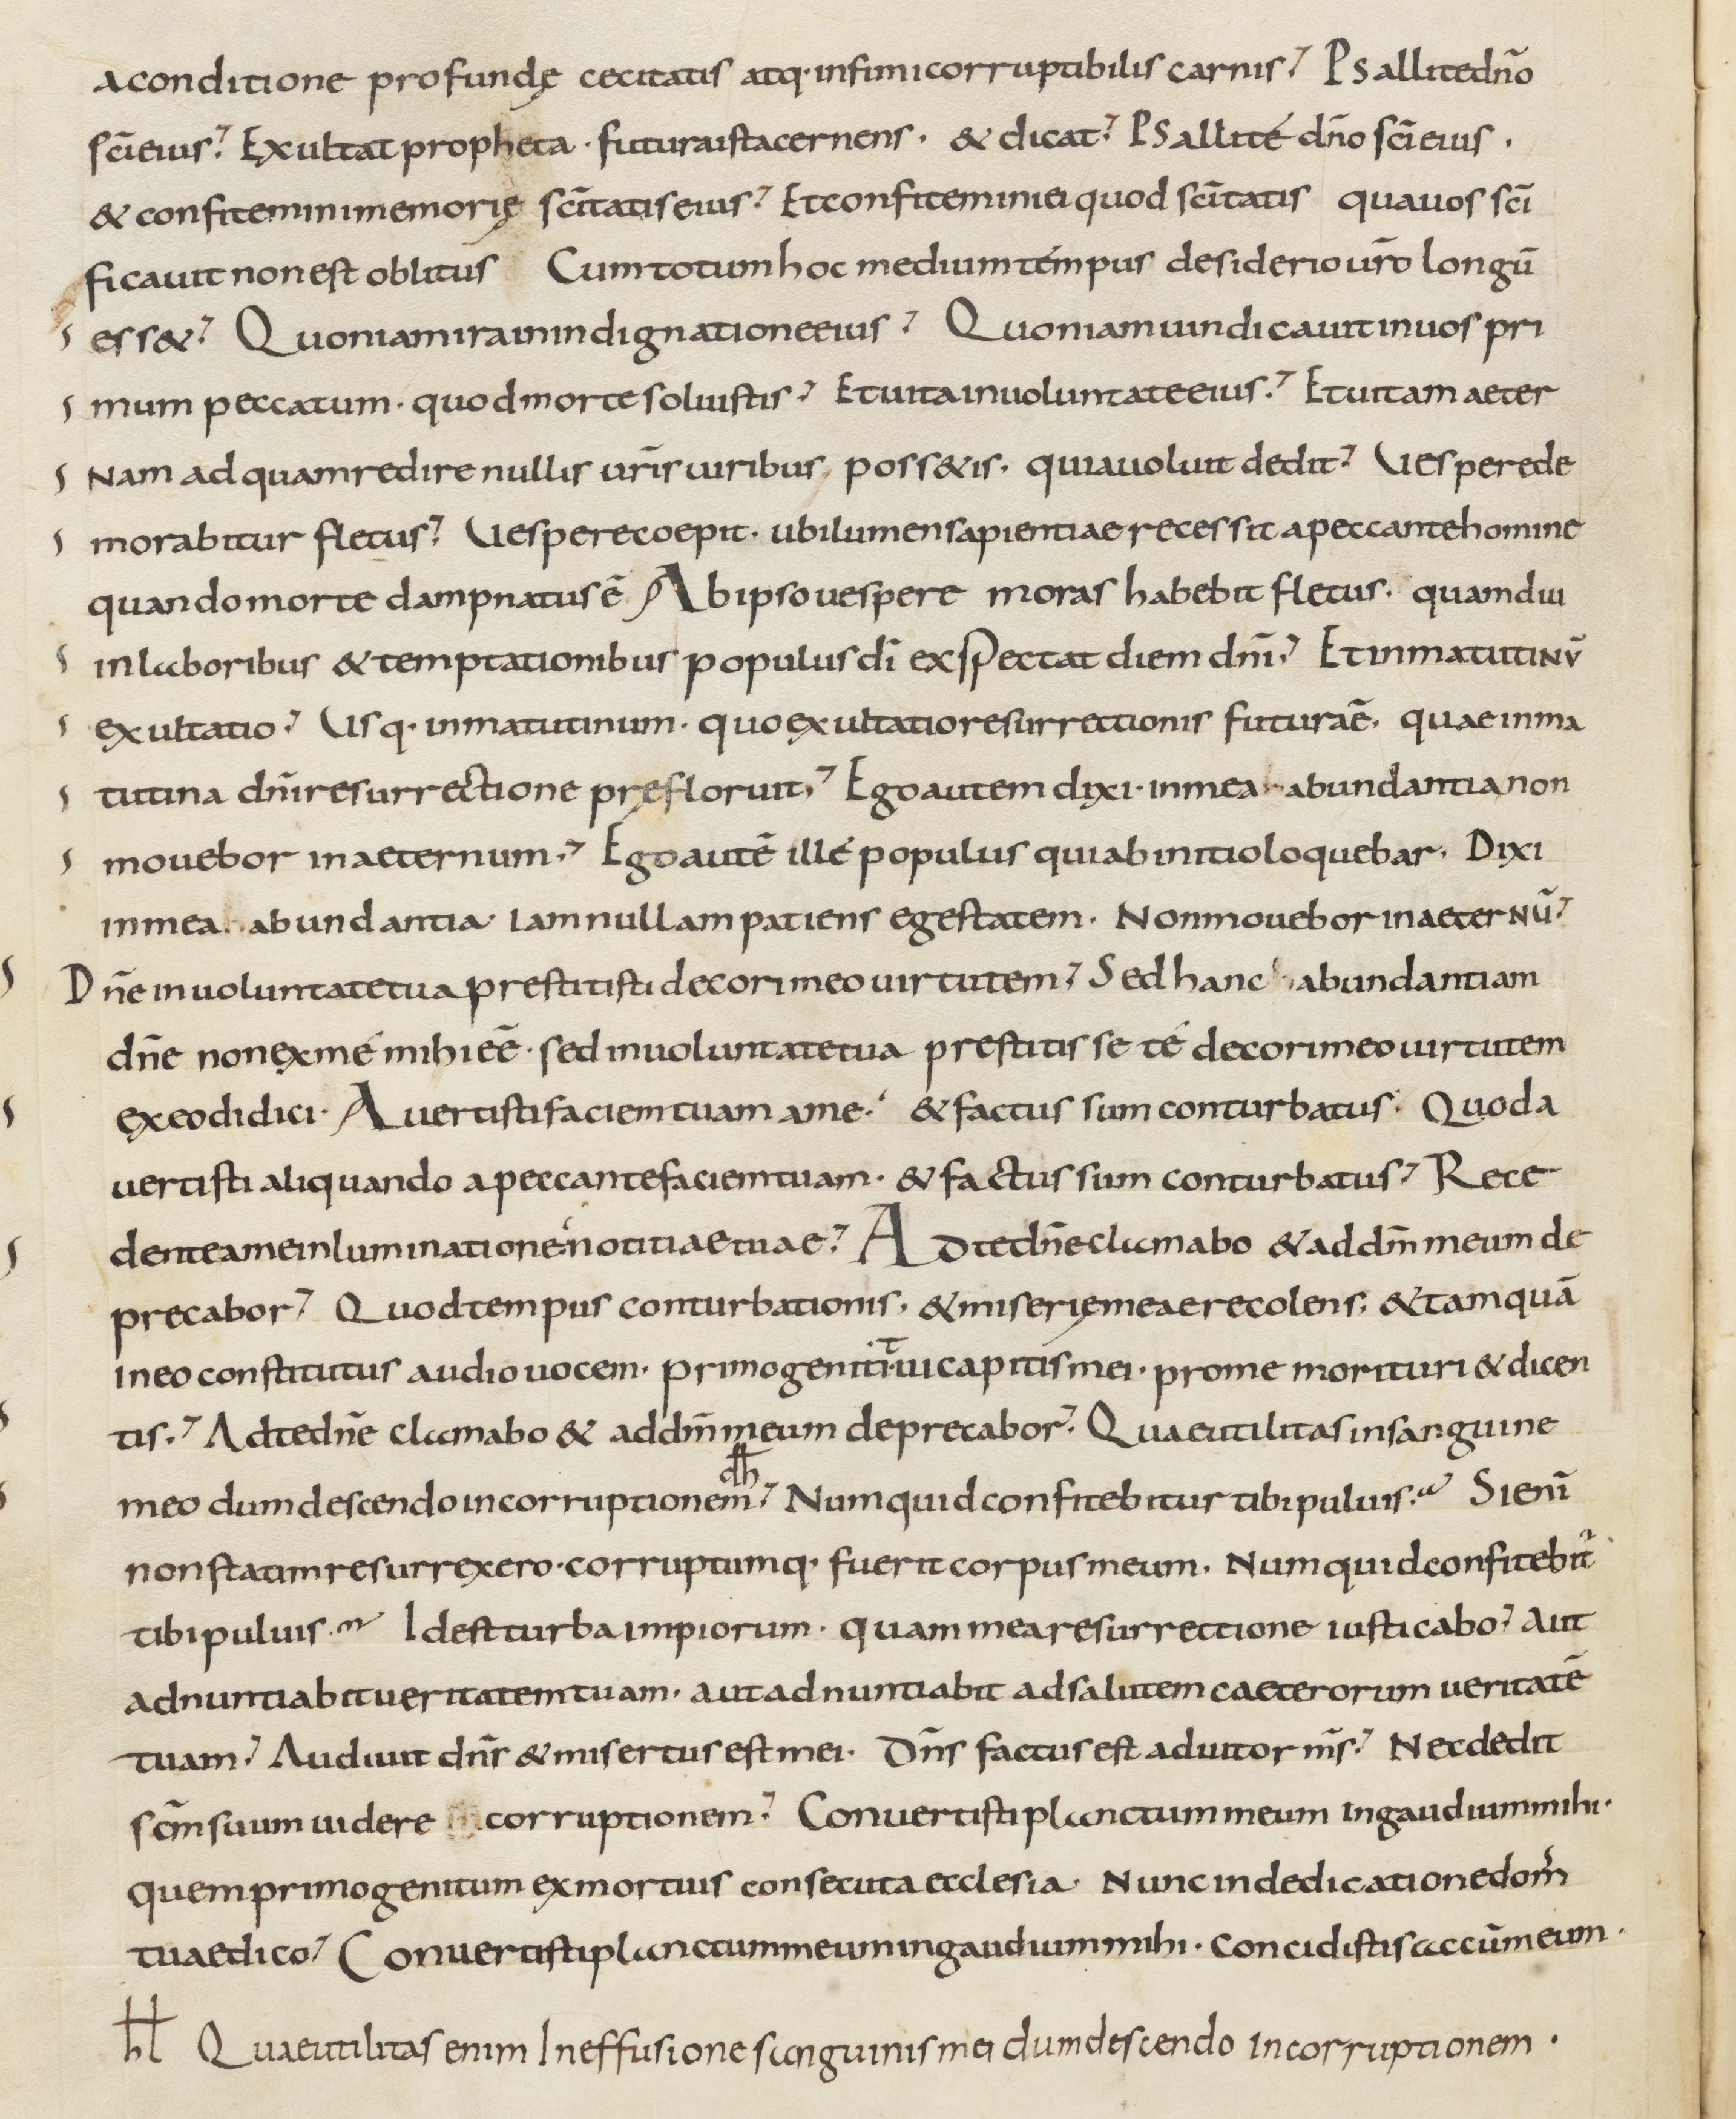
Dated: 800–899